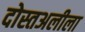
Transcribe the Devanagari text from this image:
दोस्तअलीला